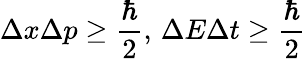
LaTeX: \Delta x\Delta p\geq{\frac{\hbar}{2}},\, \Delta E\Delta t\geq{\frac{\hbar}{2}}